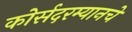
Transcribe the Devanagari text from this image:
कोर्सदरम्यानचे